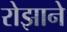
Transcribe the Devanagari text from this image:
रोझाने